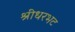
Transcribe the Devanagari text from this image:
श्रीधरभट